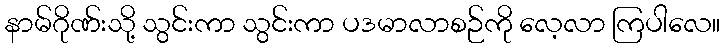
နာမ်ဂိုဏ်းသို့ သွင်းကာ သွင်းကာ ပဒမာလာစဉ်ကို လေ့လာ ကြပါလေ။